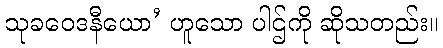
သုခဝေဒနီယော’ ဟူသော ပါဌ်ကို ဆိုသတည်း။